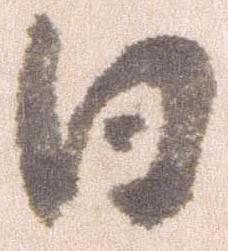
日